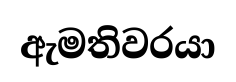
ඇමතිවරයා